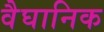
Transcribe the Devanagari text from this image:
वैघानिक